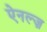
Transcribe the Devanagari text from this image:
ऐनल्ज़